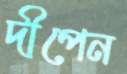
দীপেন